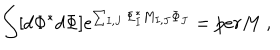
\int [ d \Phi ^ { * } d \Phi ] e ^ { \sum _ { I , J } \Phi _ { I } ^ { * } M _ { I , J } \Phi _ { J } } = p e r M \ ,